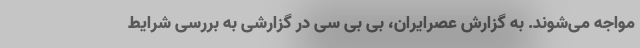
مواجه می‌شوند. به گزارش عصرایران، بی بی سی در گزارشی به بررسی شرایط